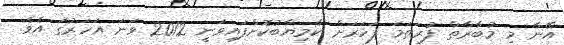
އޭނާ މި މުބާރާތް ފުރަތަމަ ފަހަރަށް ކާމިޔާބުކޮށްފައިވަނީ 2012 ވަނަ އަހަރުގަ އެވެ.